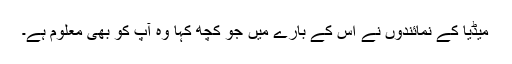
میڈیا کے نمائندوں نے اس کے بارے میں جو کچھ کہا وہ آپ کو بھی معلوم ہے۔